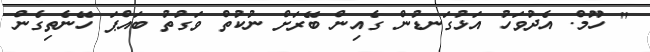
" ހޫމް. އެދުވަހު އަޅުގަނޑުން ގެއިން ބޭރަށް ނުކުތް ވަގުތު ބައްޕަ ހޭނެތިގެން